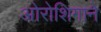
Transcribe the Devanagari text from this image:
ओरोशिगाने